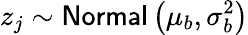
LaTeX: z_{j}\sim\mathsf{Normal}\left(\mu_{b},\sigma_{b}^{2}\right)